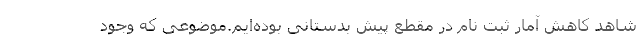
شاهد کاهش آمار ثبت نام در مقطع پیش بدستانی بوده‌ایم.موضوعی که وجود